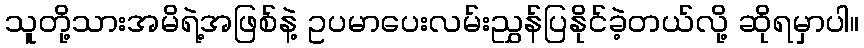
သူတို့သားအမိရဲ့အဖြစ်နဲ့ ဥပမာပေးလမ်းညွှန်ပြနိုင်ခဲ့တယ်လို့ ဆိုရမှာပါ။